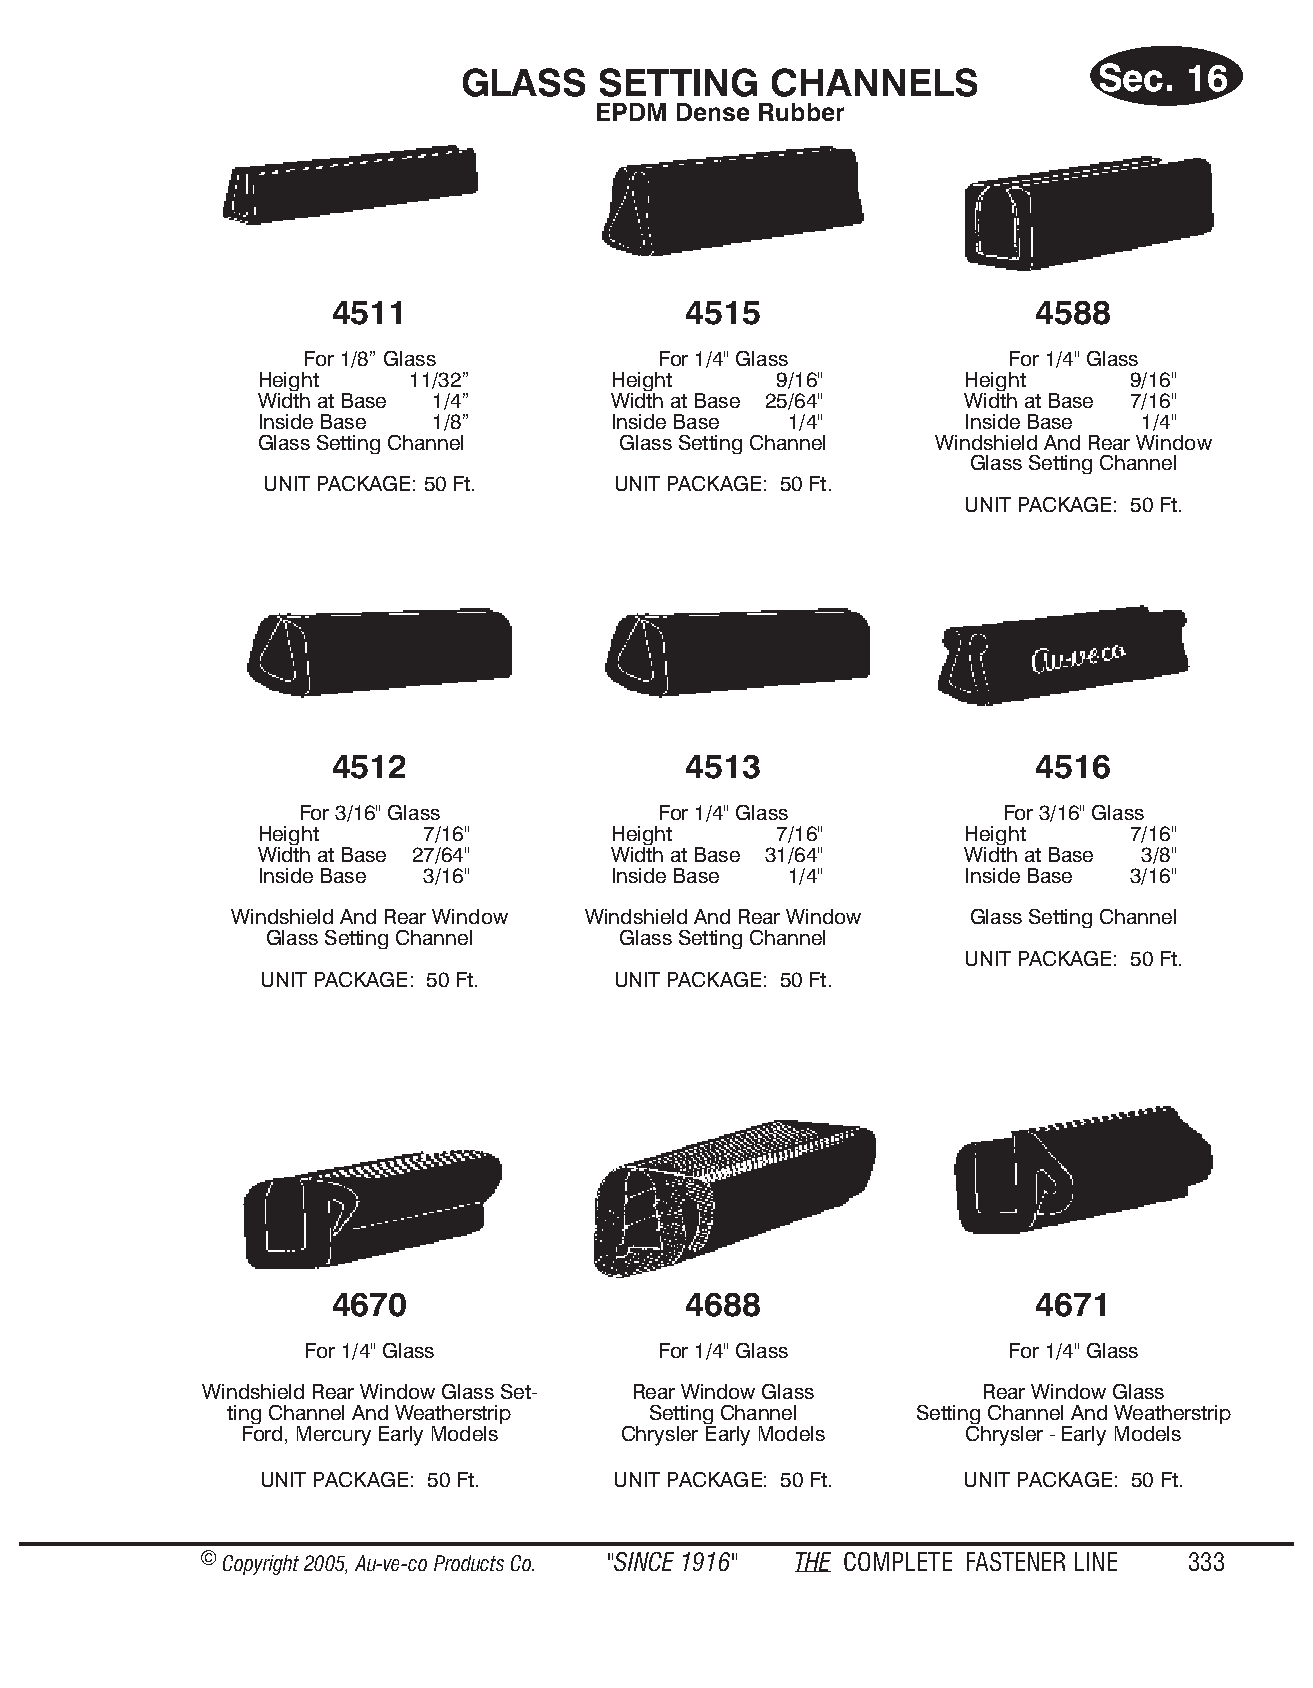
GLASS    SET  TING  CHANN    ELS          Sec.  16
 EPDM Dense Rub ber
 4511                    4515                   4588
 For 1/8” Glass          For 1/4" Glass         For 1/4" Glass
 Height    11/32”        Height     9/16"       Height     9/16"
 Width at Base 1/4”      Width at Base 25/64"   Width at Base 7/16"
 Inside Base 1/8”        Inside Base 1/4"       Inside Base 1/4"
 Glass Setting Channel   Glass Set ting Chann el Winds hield And Rear Win dow
 Glass Set ting Chann el
 UNIT PACK AGE: 50 Ft.  UNIT PACK AGE: 50 Ft.
 UNIT PACK AGE: 50 Ft.
 4512                    4513                   4516
 For 3/16" Glass         For 1/4" Glass         For 3/16" Glass
 Height     7/16"        Height     7/16"       Height     7/16"
 Width at Base 27/64"    Width at Base 31/64"   Width at Base 3/8"
 Inside Base 3/16"       Inside Base 1/4"       Inside Base 3/16"
 Winds hield And Rear Win dow Winds hield And Rear Win dow Glass Set ting Chann el
 Glass Set ting Chann el Glass Set ting Chann el
 UNIT PACK AGE: 50 Ft.
 UNIT PACK AGE: 50 Ft.   UNIT PACK AGE: 50 Ft.
 4670                    4688                   4671
 For 1/4" Glass          For 1/4" Glass         For 1/4" Glass
 Winds hield Rear Wind ow Glass Set- Rear Wind ow Glass Rear Wind ow Glass
 ting Chann el And Weath ers trip Set ting Chan nel Set ting Chan nel And Weath er strip
 Ford, Mer cury Early Mod els Chrys ler Early Mode ls Chrys ler - Early Mod els
 UNIT PACKAGE: 50 Ft.    UNIT PACKAGE: 50 Ft.   UNIT PACKAGE: 50 Ft.
 © Copyr ight 2005, Au-ve-co Produ cts Co. "SINCE 1916" THE COM PLETE FAST ENER LINE 333